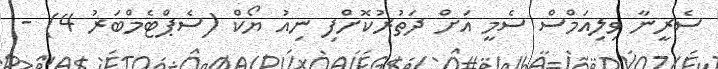
ސެރީނާ ވިލިއަމްސް ސެމީ އަށް ދަތުރުކޮށްފި ނިއު ޔޯކް (ސެޕްޓެމްބަރު 4) -